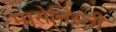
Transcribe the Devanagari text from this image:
मारोनिस्ती